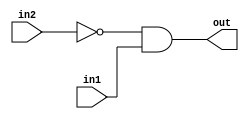
module top_module (
    input in1,
    input in2,
    output out);
wire x;
    not(x,in2);
    and(out,x,in1);
endmodule